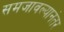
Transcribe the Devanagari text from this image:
समजावल्यानंतर